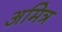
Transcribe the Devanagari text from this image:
अमित्र